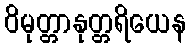
ဝိမုတ္တာနုတ္တရိယေန